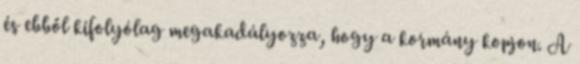
és ebből kifolyólag megakadályozza, hogy a kormány kopjon. A